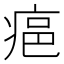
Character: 𤶛